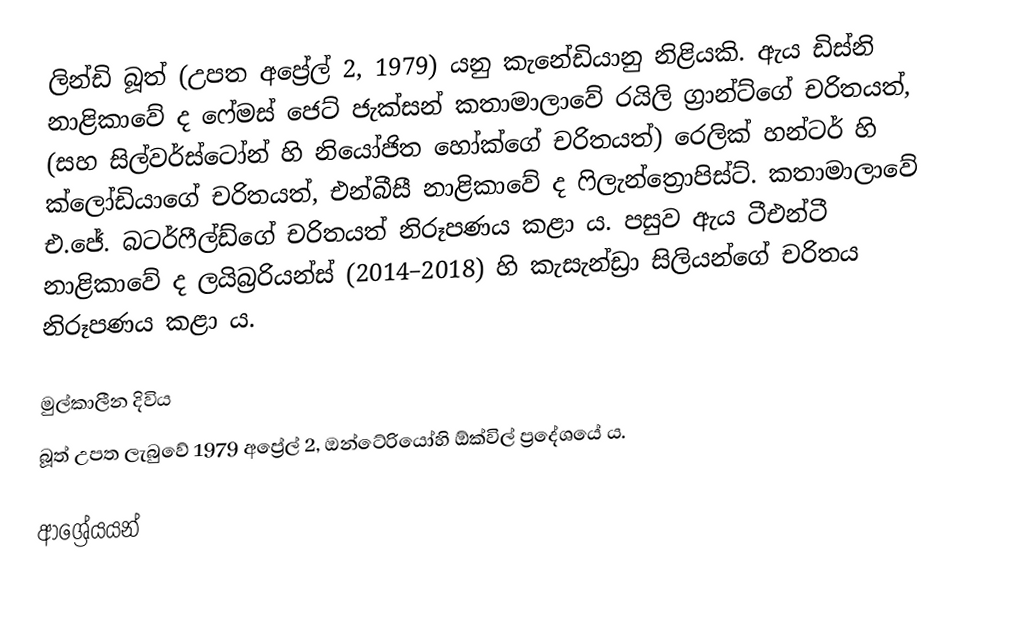
ලින්ඩි බූත් (උපත අප්‍රේල් 2, 1979) ‍යනු කැනේඩියානු නිළියකි. ඇය ඩිස්නි නාළිකාවේ ද ෆේමස් ජෙට් ජැක්සන් කතාමාලාවේ රයිලි ග්‍රාන්ට්ගේ චරිතයත්, (සහ සිල්වර්ස්ටෝන් හි නියෝජිත හෝක්ගේ චරිතයත්) රෙලික් හන්ටර් හි ක්ලෝඩියාගේ චරිතයත්, එන්බීසී නාළිකාවේ ද ෆිලැන්ත්‍රොපිස්ට්. කතාමාලාවේ එ.ජේ. බටර්ෆීල්ඩ්ගේ චරිතයත් නිරූපණය කළා ය. පසුව ඇය ටීඑන්ටී නාළිකාවේ ද ලයිබ්‍රරියන්ස් (2014–2018) හි කැසැන්ඩ්‍රා සිලියන්ගේ චරිතය නිරූපණය කළා ය.

මුල්කාලීන දිවිය
බූත් උපත ලැබුවේ 1979 අප්‍රේල් 2, ඔන්ටේරියෝහි ඕක්විල් ප්‍රදේශයේ ය.

ආශ්‍රේයයන්